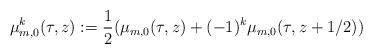
LaTeX: \begin{align*}\mu_{m,0}^k(\tau,z):=\frac{1}{2}(\mu_{m,0}(\tau,z)+(-1)^k\mu_{m,0}(\tau,z+1/2))\end{align*}